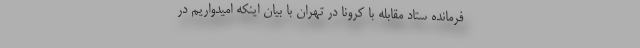
فرمانده ستاد مقابله با کرونا در تهران با بیان اینکه امیدواریم در